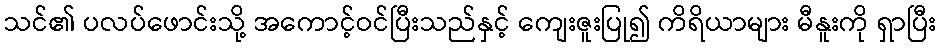
သင်၏ ပလပ်ဖောင်းသို့ အကောင့်ဝင်ပြီးသည်နှင့် ကျေးဇူးပြု၍ ကိရိယာများ မီနူးကို ရှာပြီး